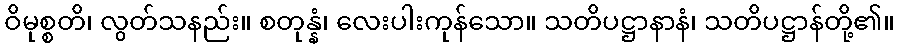
ဝိမုစ္စတိ၊ လွတ်သနည်း။ စတုန္နံ၊ လေးပါးကုန်သော။ သတိပဋ္ဌာနာနံ၊ သတိပဋ္ဌာန်တို့၏။